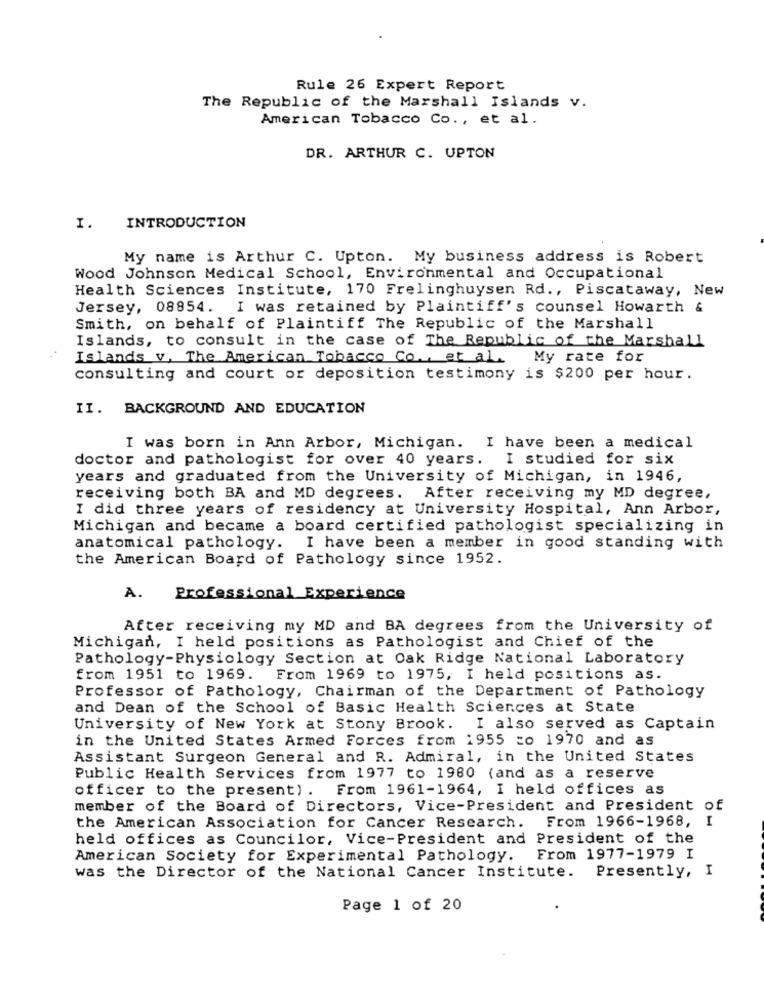
Rule 26 Expert Report
The Republic of the Marshall Islands v.
American Tobacco Co ., et al.
DR. ARTHUR C. UPTON
1.
INTRODUCTION
My name is Arthur C. Upton. My business address is Robert
Wood Johnson Medical School, Environmental and Occupational
Health Sciences Institute, 170 Frelinghuysen Rd ., Piscataway, New
Jersey, 08854. I was retained by Plaintiff's counsel Howarth &
Smith, on behalf of Plaintiff The Republic of the Marshall
Islands, to consult in the case of The Republic of the Marshall
Islands v, The American Tobacco Co ., et al. My rate for
consulting and court or deposition testimony is $200 per hour.
II. BACKGROUND AND EDUCATION
I was born in Ann Arbor, Michigan. I have been a medical
doctor and pathologist for over 40 years. I studied for six
years and graduated from the University of Michigan, in 1946,
receiving both BA and MD degrees. After receiving my MD degree,
I did three years of residency at University Hospital, Ann Arbor,
Michigan and became a board certified pathologist specializing in
anatomical pathology. I have been a member in good standing with
the American Board of Pathology since 1952.
A.
Professional Experience
After receiving my MD and BA degrees from the University of
Michigan, I held positions as Pathologist and Chief of the
Pathology-Physiology Section at Oak Ridge National Laboratory
from 1951 to 1969.
From 1969 to 1975, I held positions as.
Professor of Pathology, Chairman of the Department of Pathology
and Dean of the School of Basic Health Sciences at State
University of New York at Stony Brook. I also served as Captain
in the United States Armed Forces from 1955 co 1970 and as
Assistant Surgeon General and R. Admiral, in the United States
Public Health Services from 1977 to 1980 (and as a reserve
officer to the present). From 1961-1964, I held offices as
member of the Board of Directors, Vice-President and President of
the American Association for Cancer Research. From 1966-1968, I
held offices as Councilor, Vice-President and President of the
American Society for Experimental Pathology. From 1977-1979 I
was the Director of the National Cancer Institute. Presently, I
Page 1 of 20